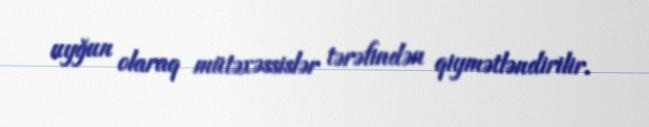
uyğun olaraq mütəxəssislər tərəfindən qiymətləndirilir.